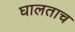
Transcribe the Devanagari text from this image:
घालताच